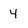
Character: 4